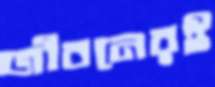
জীবনেরই